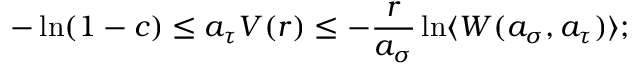
- \ln ( 1 - c ) \leq a _ { \tau } V ( r ) \leq - \frac { r } { a _ { \sigma } } \ln \langle W ( a _ { \sigma } , a _ { \tau } ) \rangle ;